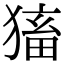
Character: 𤠕